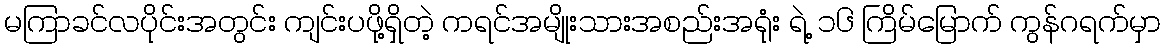
မကြာခင်လပိုင်းအတွင်း ကျင်းပဖို့ရှိတဲ့ ကရင်အမျိုးသားအစည်းအရုံး ရဲ့ ၁၆ ကြိမ်မြောက် ကွန်ဂရက်မှာ